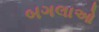
બગલાઓ